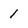
Character: 1